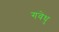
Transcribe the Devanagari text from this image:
गवेधु